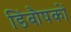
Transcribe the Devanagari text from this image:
डिंबौषकों